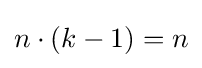
n\cdot (k-1)=n